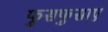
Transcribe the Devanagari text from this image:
फुसफुसाए